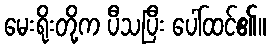
မေးရိုးတို့က ပီသပြီး ပေါ်ထင်၏။